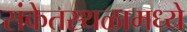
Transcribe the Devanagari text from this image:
संकेतस्थळामध्ये